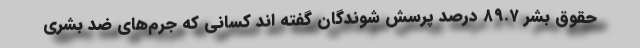
حقوق بشر ۸۹.۷ درصد پرسش شوندگان گفته اند کسانی که جرم‌های ضد بشری